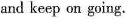
and keep on going.